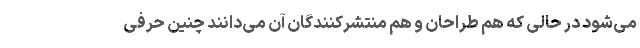
می‌شود در حالی که هم طراحان و هم منتشرکنندگان آن می‌دانند چنین حرفی